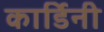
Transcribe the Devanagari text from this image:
कार्डिनी